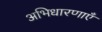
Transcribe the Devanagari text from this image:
अभिधारणाएँ